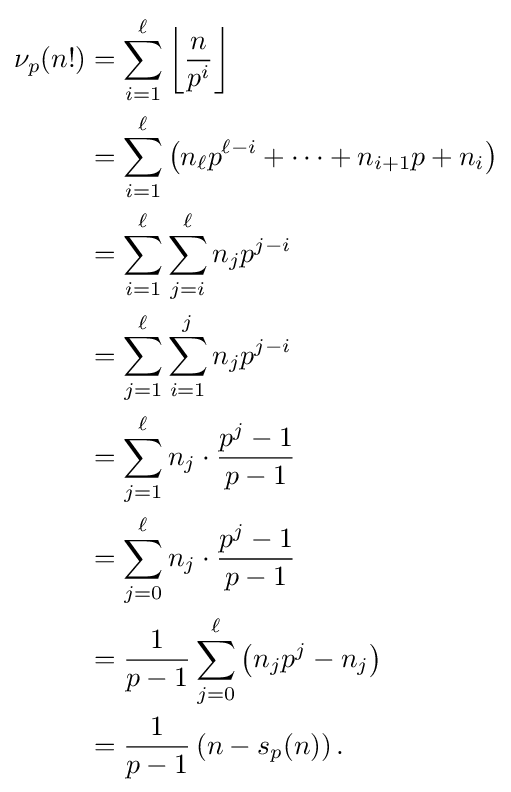
{\begin{aligned}\nu _{p}(n!)&=\sum _{i=1}^{\ell }\left\lfloor {\frac {n}{p^{i}}}\right\rfloor \\&=\sum _{i=1}^{\ell }\left(n_{\ell }p^{\ell -i}+\cdots +n_{i+1}p+n_{i}\right)\\&=\sum _{i=1}^{\ell }\sum _{j=i}^{\ell }n_{j}p^{j-i}\\&=\sum _{j=1}^{\ell }\sum _{i=1}^{j}n_{j}p^{j-i}\\&=\sum _{j=1}^{\ell }n_{j}\cdot {\frac {p^{j}-1}{p-1}}\\&=\sum _{j=0}^{\ell }n_{j}\cdot {\frac {p^{j}-1}{p-1}}\\&={\frac {1}{p-1}}\sum _{j=0}^{\ell }\left(n_{j}p^{j}-n_{j}\right)\\&={\frac {1}{p-1}}\left(n-s_{p}(n)\right).\end{aligned}}